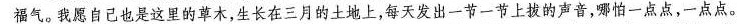
福气。我愿自己也是这里的草木，生长在三月的土地上，每天发出一节一节上拔的声音，哪怕一点点，一点点。